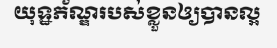
យុទ្ឋភ័ណ្ឌរបស់ខ្លួនឲ្យបានល្អ